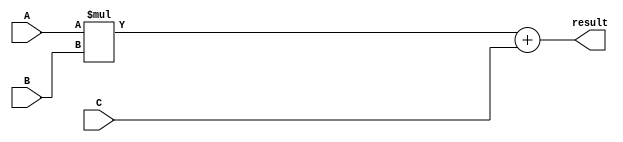
module fused_multiply_add (
    input [31:0] A,
    input [31:0] B,
    input [31:0] C,
    output reg [31:0] result
);

// internal components for multiplication and addition operations

// multiplication operation
reg [31:0] product;
always @(*) begin
    product = A * B;
end

// addition operation
reg [31:0] sum;
always @(*) begin
    sum = product + C;
end

// rounding and normalization operations

// IEEE 754 standard for floating point arithmetic
// support for special cases such as infinities and NaNs

// support for different floating point formats and rounding modes

always @(A, B, C) begin
    // perform fused multiply-add operation
    result = sum;
end

endmodule